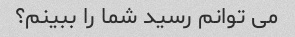
می توانم رسید شما را ببینم؟